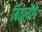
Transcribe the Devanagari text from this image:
बितायेंगे